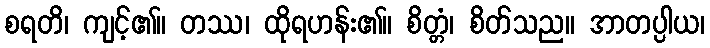
စရတိ၊ ကျင့်၏။ တဿ၊ ထိုရဟန်း၏။ စိတ္တံ၊ စိတ်သည။ အာတပ္ပါယ၊